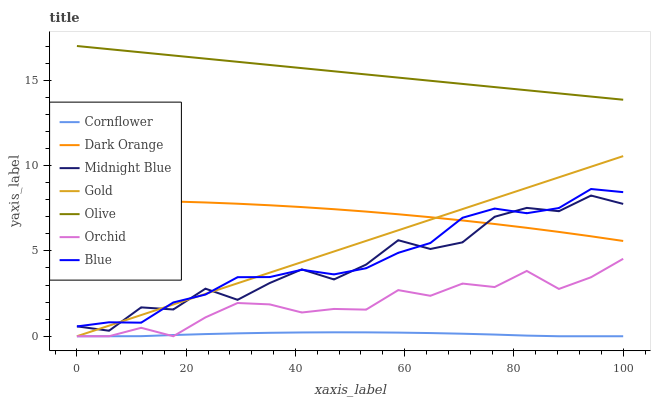
| xaxis_label | Cornflower | Dark Orange | Midnight Blue | Gold | Olive | Orchid | Blue |
 | --- | --- | --- | --- | --- | --- | --- | --- |
 | 0 | 0 | 7.96 | 0.581 | 0 | 17 | 0 | 0.575 |
 | 5.88 | 0 | 7.96 | 0.323 | 0.621 | 16.8 | 0 | 0.817 |
 | 11.8 | 0.00484 | 7.93 | 1.69 | 1.24 | 16.6 | 0.495 | 0.795 |
 | 17.6 | 0.0717 | 7.89 | 1.57 | 1.86 | 16.4 | 0 | 1.98 |
 | 23.5 | 0.127 | 7.84 | 2.79 | 2.48 | 16.3 | 1.11 | 2.44 |
 | 29.4 | 0.17 | 7.76 | 2.13 | 3.1 | 16.1 | 1.95 | 3.46 |
 | 35.3 | 0.202 | 7.67 | 3.12 | 3.72 | 15.9 | 1.87 | 3.47 |
 | 41.2 | 0.222 | 7.57 | 3.92 | 4.34 | 15.7 | 1.39 | 3.9 |
 | 47.1 | 0.231 | 7.44 | 3.33 | 4.97 | 15.5 | 1.6 | 3.62 |
 | 52.9 | 0.228 | 7.3 | 4.2 | 5.59 | 15.3 | 1.56 | 3.98 |
 | 58.8 | 0.213 | 7.15 | 5.62 | 6.21 | 15.1 | 2.7 | 4.89 |
 | 64.7 | 0.187 | 6.97 | 5.11 | 6.83 | 15 | 2.37 | 5.46 |
 | 70.6 | 0.149 | 6.78 | 5.5 | 7.45 | 14.8 | 3.09 | 6.94 |
 | 76.5 | 0.0988 | 6.57 | 7 | 8.07 | 14.6 | 2.88 | 7.48 |
 | 82.4 | 0.0374 | 6.35 | 7.52 | 8.69 | 14.4 | 3.83 | 7.21 |
 | 88.2 | 0 | 6.11 | 7.32 | 9.31 | 14.2 | 2.77 | 7.51 |
 | 94.1 | 0 | 5.85 | 8.24 | 9.93 | 14 | 3.46 | 8.62 |
 | 100 | 0 | 5.58 | 7.75 | 10.6 | 13.9 | 4.54 | 8.44 |